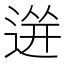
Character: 𲅡